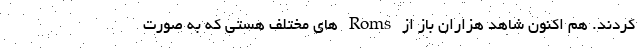
کردند. هم اکنون شاهد هزاران باز از Roms های مختلف هستی که به صورت